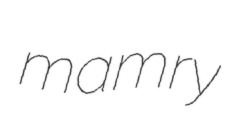
mamry